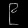
Digit: ၉